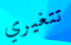
تتغيري